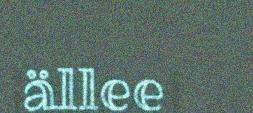
ällee